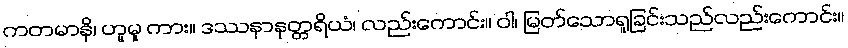
ကတမာနိ၊ ဟူမူ ကား။ ဒဿနာနုတ္တရိယံ၊ လည်းကောင်း။ ဝါ၊ မြတ်သောရူခြင်းသည်လည်းကောင်း။